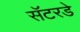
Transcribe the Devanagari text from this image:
सॅटरडे